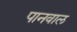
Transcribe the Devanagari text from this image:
पानवाल